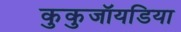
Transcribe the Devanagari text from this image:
कुकुजॉयडिया